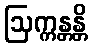
ဩက္ကန္တန္တိ